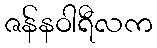
ဇန်နဝါရီလက